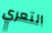
التعري